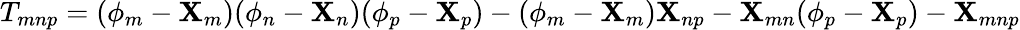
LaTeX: T_{mnp}=(\phi_{m}-\mathbf{X}_{m})(\phi_{n}-\mathbf{X}_{n})(\phi_{p}-\mathbf{X}_{p})-(\phi_{m}-\mathbf{X}_{m})\mathbf{X}_{np}-\mathbf{X}_{mn}(\phi_{p}-\mathbf{X}_{p})-\mathbf{X}_{mnp}